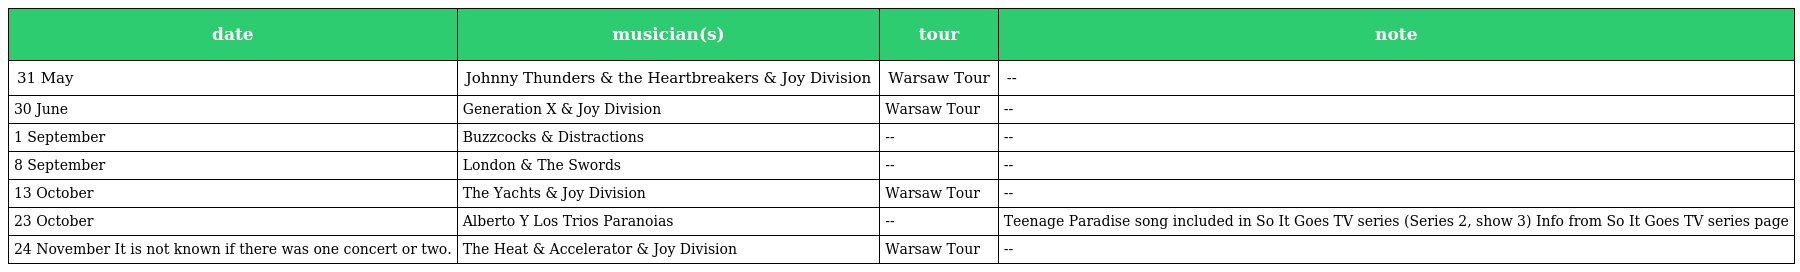
| date | musician(s) | tour | note |
 | --- | --- | --- | --- |
 | 31 May | Johnny Thunders & the Heartbreakers & Joy Division | Warsaw Tour | -- |
 | 30 June | Generation X & Joy Division | Warsaw Tour | -- |
 | 1 September | Buzzcocks & Distractions | -- | -- |
 | 8 September | London & The Swords | -- | -- |
 | 13 October | The Yachts & Joy Division | Warsaw Tour | -- |
 | 23 October | Alberto Y Los Trios Paranoias | -- | Teenage Paradise song included in So It Goes TV series (Series 2, show 3) Info from So It Goes TV series page |
 | 24 November It is not known if there was one concert or two. | The Heat & Accelerator & Joy Division | Warsaw Tour | -- |